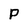
Character: P